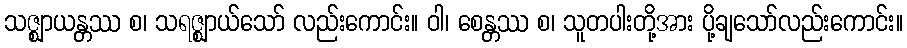
သဇ္ဈာယန္တဿ စ၊ သရဇ္ဈာယ်သော် လည်းကောင်း။ ဝါ၊ စေန္တဿ စ၊ သူတပါးတို့အား ပို့ချသော်လည်းကောင်း။